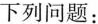
下列问题：